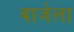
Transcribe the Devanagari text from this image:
बाजेला